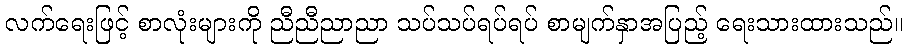
လက်ရေးဖြင့် စာလုံးများကို ညီညီညာညာ သပ်သပ်ရပ်ရပ် စာမျက်နှာအပြည့် ရေးသားထားသည်။